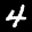
Label: 4